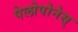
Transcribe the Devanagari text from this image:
पेलोपोनेस्